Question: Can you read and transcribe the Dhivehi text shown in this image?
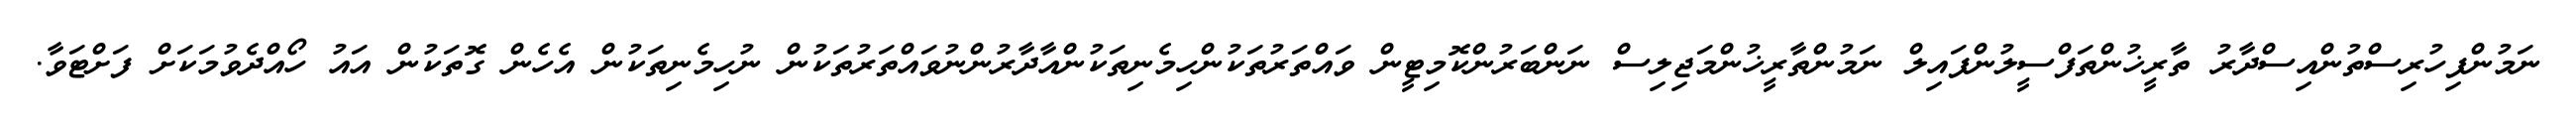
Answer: ނަމުންފިހުރިސްތުންއިސްދާރު ތާރީޚުންތަފްސީލުންފައިލް ނަމުންތާރީޚުންމަޖިލިސް ނަންބަރުންކޮމިޓީން ވައްތަރުތަކުންހިމެނިތަކުންއާދާރުންނުވައްތަރުތަކުން ނުހިމެނިތަކުން އެހެން ގޮތަކުން އައު ހޯއްދެވުމަކަށް ފަށްޓަވާ.